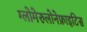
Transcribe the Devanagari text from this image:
ग्लोमेरुलोनेफ्राइटिस